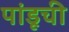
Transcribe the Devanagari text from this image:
पांडूची